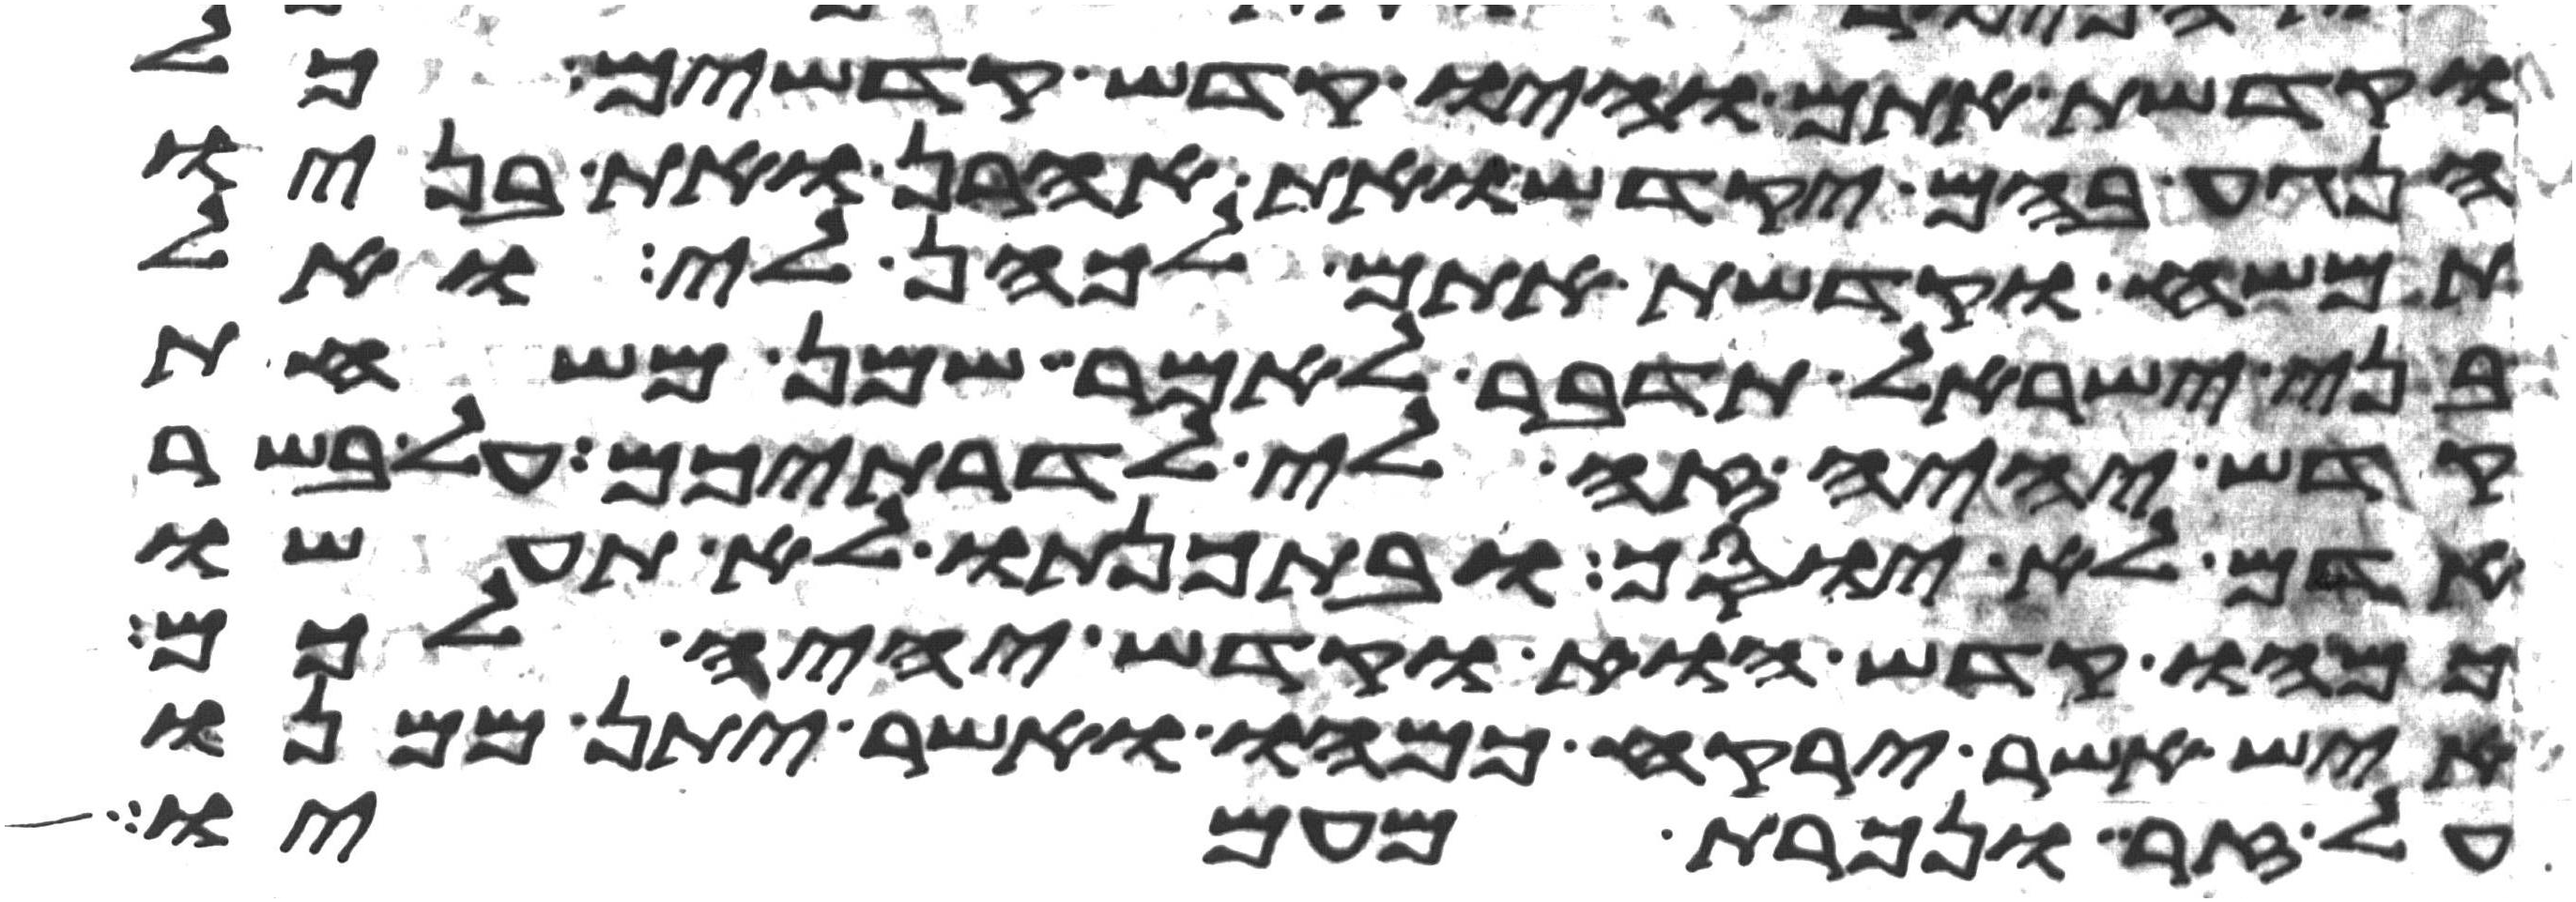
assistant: וקדשת אתם והיו קדש קדשים כל
הנגע בהם יקדש ואת אהרן ואת בניו
תמשח וקדשת אתם לכהן לי ואל
בני ישראל תדבר לאמר שמן משחת
קדש יהיה זה לי לדרתיכם על בשר
אדם לא יוסך ובתכנתו לא תעשו
כמהו קדש הוא וקדש יהיה לכם
איש אשר ירקח כמהו ואשר יתן ממנו
על זר ונכרת מעמיו